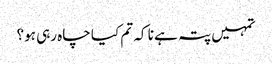
تمہیں پتہ ہے نا کہ تم کیا چاہ رہی ہو؟